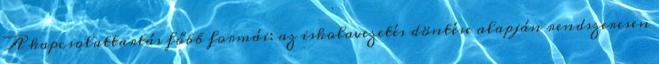
A kapcsolattartás főbb formái: az iskolavezetés döntése alapján rendszeresen